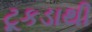
ટૂકડાથી